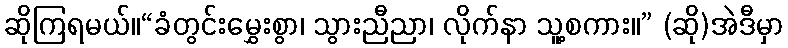
ဆိုကြရမယ်။“ခံတွင်းမွှေးစွာ၊ သွားညီညာ၊ လိုက်နာ သူ့စကား။” (ဆို)အဲဒီမှာ